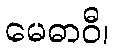
မေဓာဝီ၊